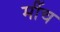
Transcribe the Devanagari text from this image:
मींच